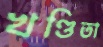
খণ্ডিতা